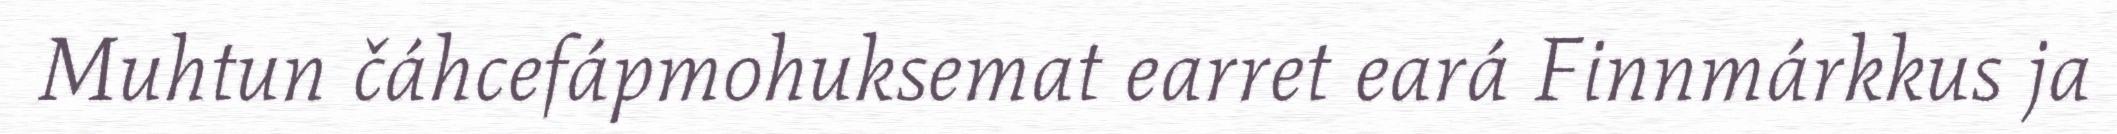
Muhtun čáhcefápmohuksemat earret eará Finnmárkkus ja